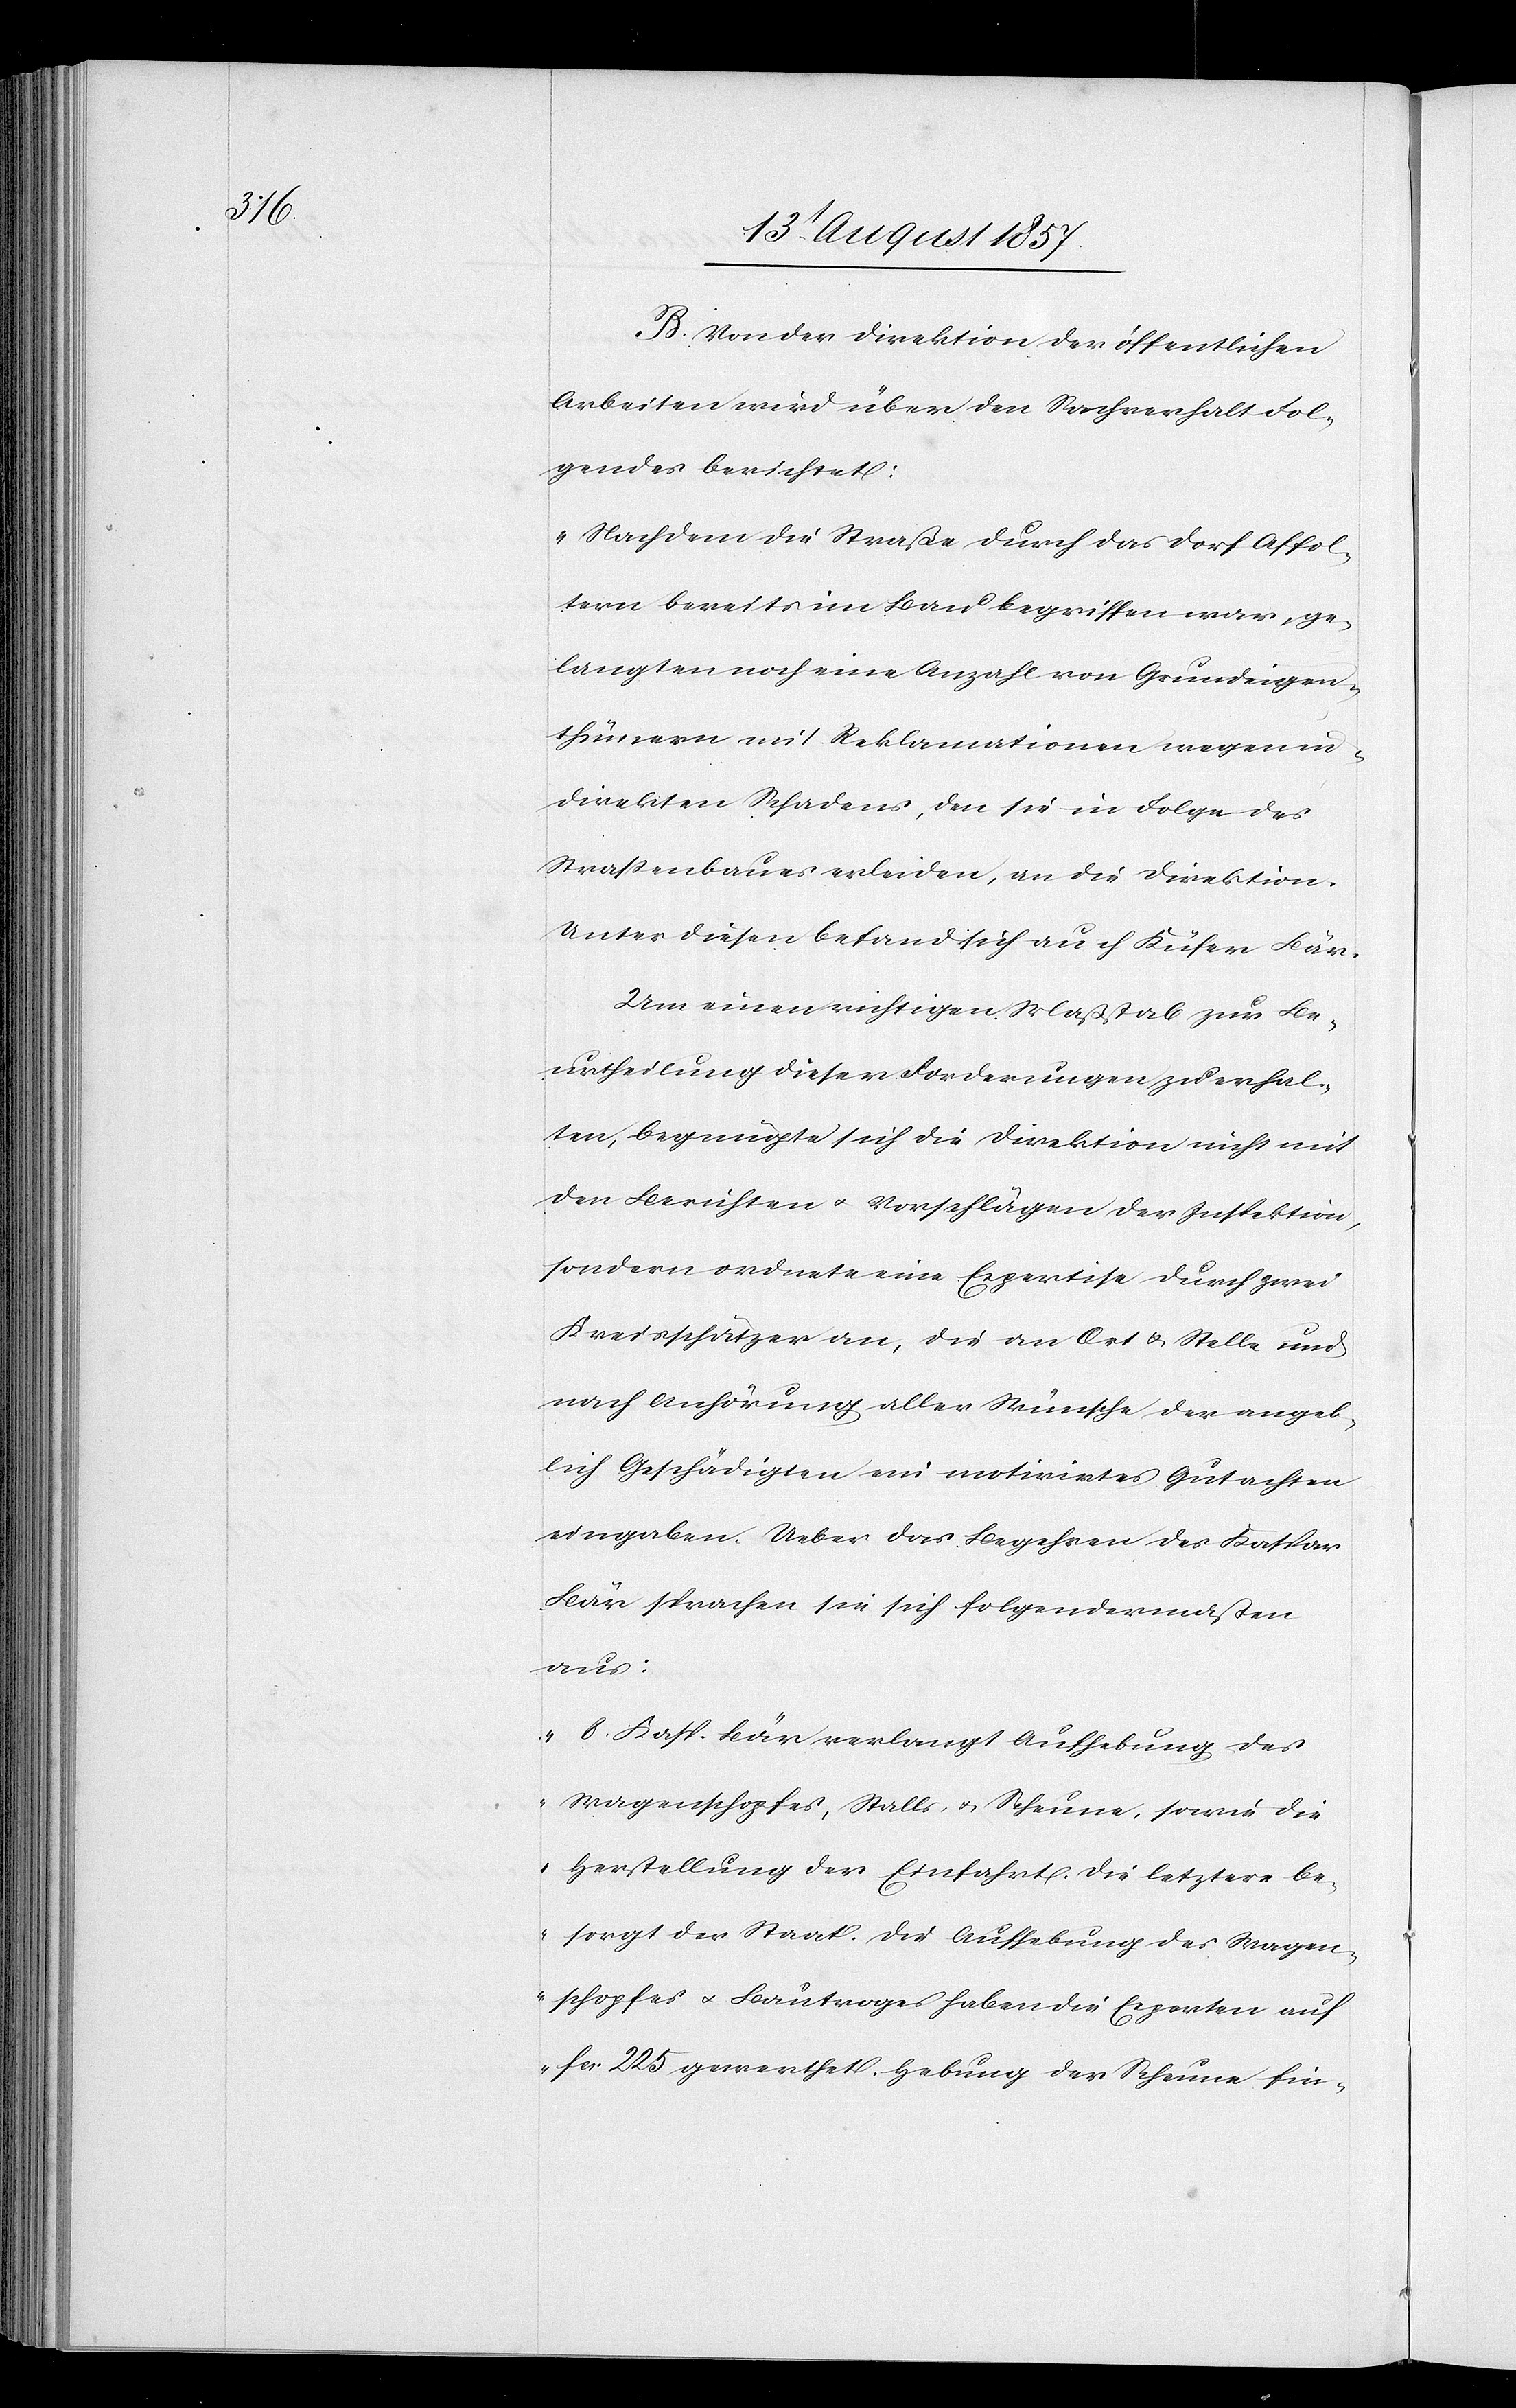
B. Von der Direktion der öffentlichen
Arbeiten wird über den Sachverhalt Fol¬
gendes berichtet:
„Nachdem die Straße durch das Dorf Affol¬
tern bereits im Bau begriffen war, ge¬
langten noch eine Anzahl von Grundeigen¬
thümern mit Reklamationen wegen in¬
direkten Schadens, den sie in Folge des
Straßenbaues erleiden, an die Direktion.
Unter diesen befand sich auch Küfer Bär.
Um einen richtigen Maßstab zur Be¬
urtheilung dieser Forderungen zu erhal¬
ten, begnügte sich die Direktion nicht mit
den Berichten & Vorschlägen der Inspektion,
sondern ordnete eine Expertise durch zwei
Kreisschätzer an, die an Ort & Stelle und
nach Anhörung aller Wünsche der angeb¬
lich Geschädigten ein motivirtes Gutachten
eingaben. Ueber das Begehren des Kaspar
Bär sprachen sie sich folgendermaßen
aus:
8. Kasp. Bär verlangt Aufhebung des
Wagenschopfes, Stalls- & Scheune, sowie die
Herstellung der Einfahrt. Die letztere be¬
sorgt der Staat. Die Aufhebung des Wagen¬
schopfes & Bautroges haben die Experten auf
fcs 225 gewerthet. Hebung der Scheune fin-